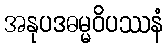
အနုပဒဓမ္မဝိပဿနံ